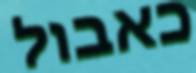
כאבול